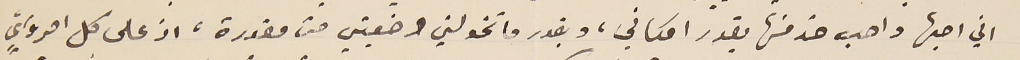
اني احبها واحب خدمتها بقدر امكاني، وبقدر ما تخولني وضعيتي من مقدرة، اذ على كل امرؤيٍّ